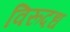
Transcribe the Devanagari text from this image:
विरूदध